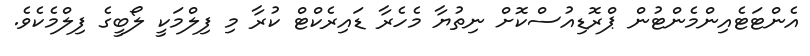
އެންޓަޓެއިންމެންޓުން ޕްރޮޑިއުސްކޮށް ނިތުޔާ މެހެރާ ޑައިރެކްޓް ކުރާ މި ފިލްމަކީ ލޯބީގެ ފިލްމެކެވެ.